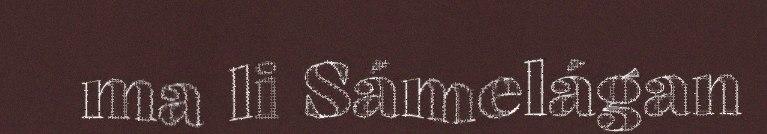
ma li Sámelágan